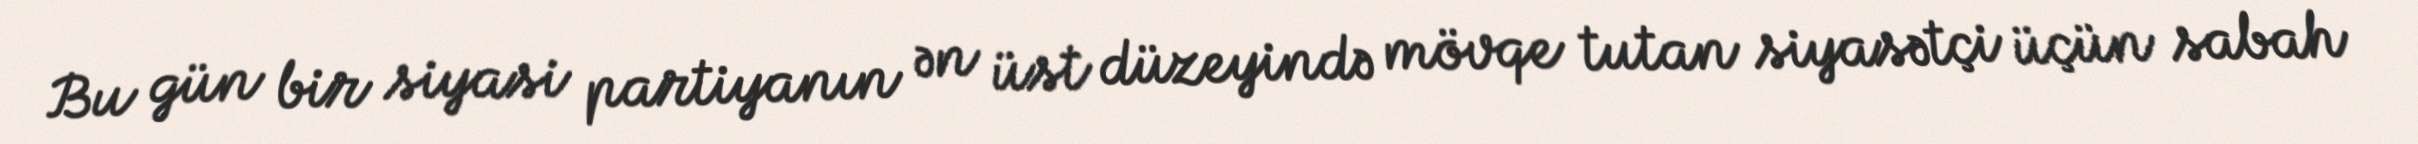
Bu gün bir siyasi partiyanın ən üst düzeyində mövqe tutan siyasətçi üçün sabah